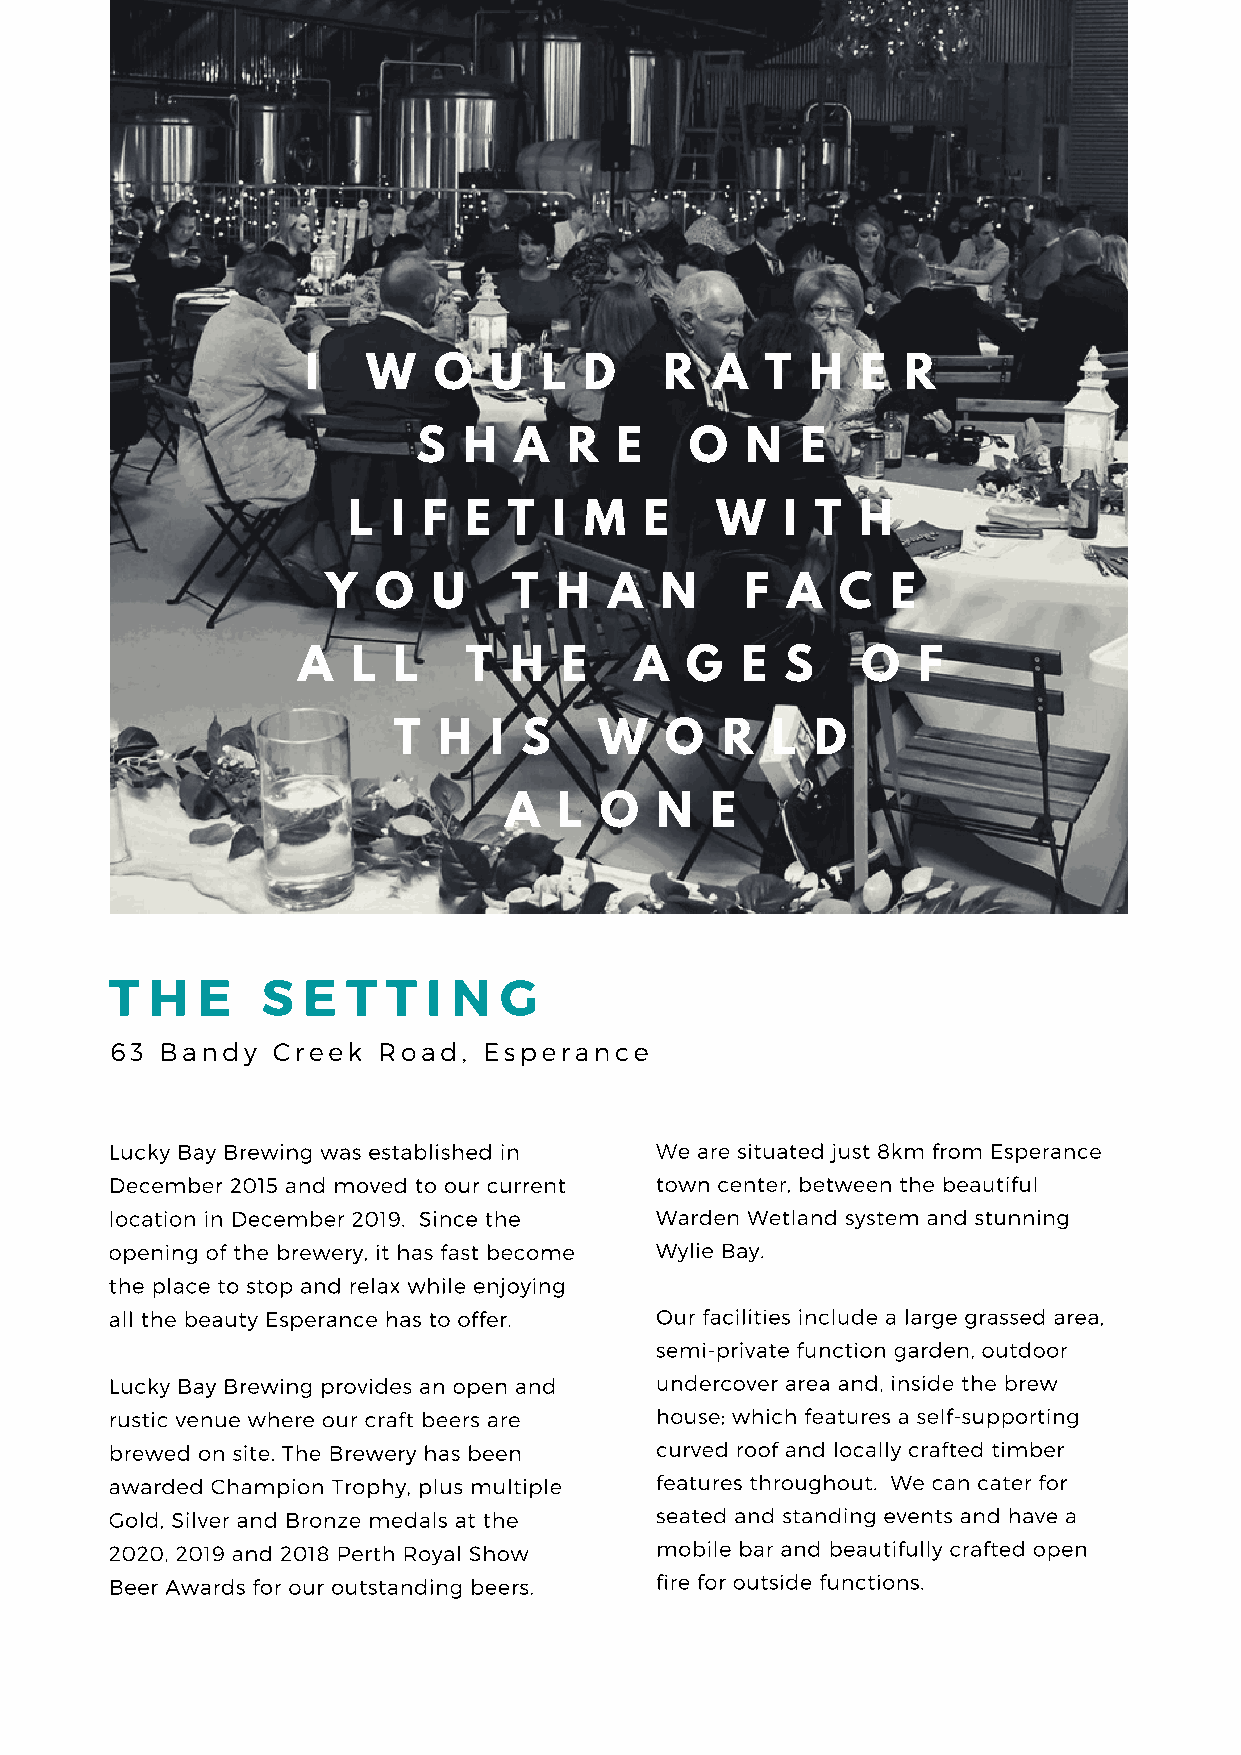
I   W    O  U   L  D    R  A   T  H  E  R
 S  H  A   R  E    O  N   E
 L  I F  E  T  I M   E   W    I T  H
 Y  O   U    T  H  A   N    F  A   C  E
 A  L  L    T  H  E    A  G   E  S    O   F
 T  H  I S     W   O   R  L  D
 A   L  O  N   E
 T  H  E   S  E  T  T I N  G
 63  Bandy  Creek  Road,  Esperance
 Lucky Bay Brewing was established in We are situated just 8km from Esperance
 December 2015 and moved to our current town center, between the beautiful
 location in December 2019. Since the Warden Wetland system and stunning
 opening of the brewery, it has fast become Wylie Bay.
 the place to stop and relax while enjoying
 all the beauty Esperance has to offer. Our facilities include a large grassed area,
 semi-private function garden, outdoor
 Lucky Bay Brewing provides an open and undercover area and, inside the brew
 rustic venue where our craft beers are house; which features a self-supporting
 brewed on site. The Brewery has been curved roof and locally crafted timber
 awarded Champion Trophy, plus multiple features throughout. We can cater for
 Gold, Silver and Bronze medals at the seated and standing events and have a
 2020, 2019 and 2018 Perth Royal Show mobile bar and beautifully crafted open
 Beer Awards for our outstanding beers. fire for outside functions.